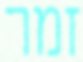
זמר